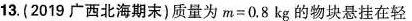
13. (2019广西北海期末)质量为 $$m = 0 . 8 k g$$ 的物块悬挂在轻